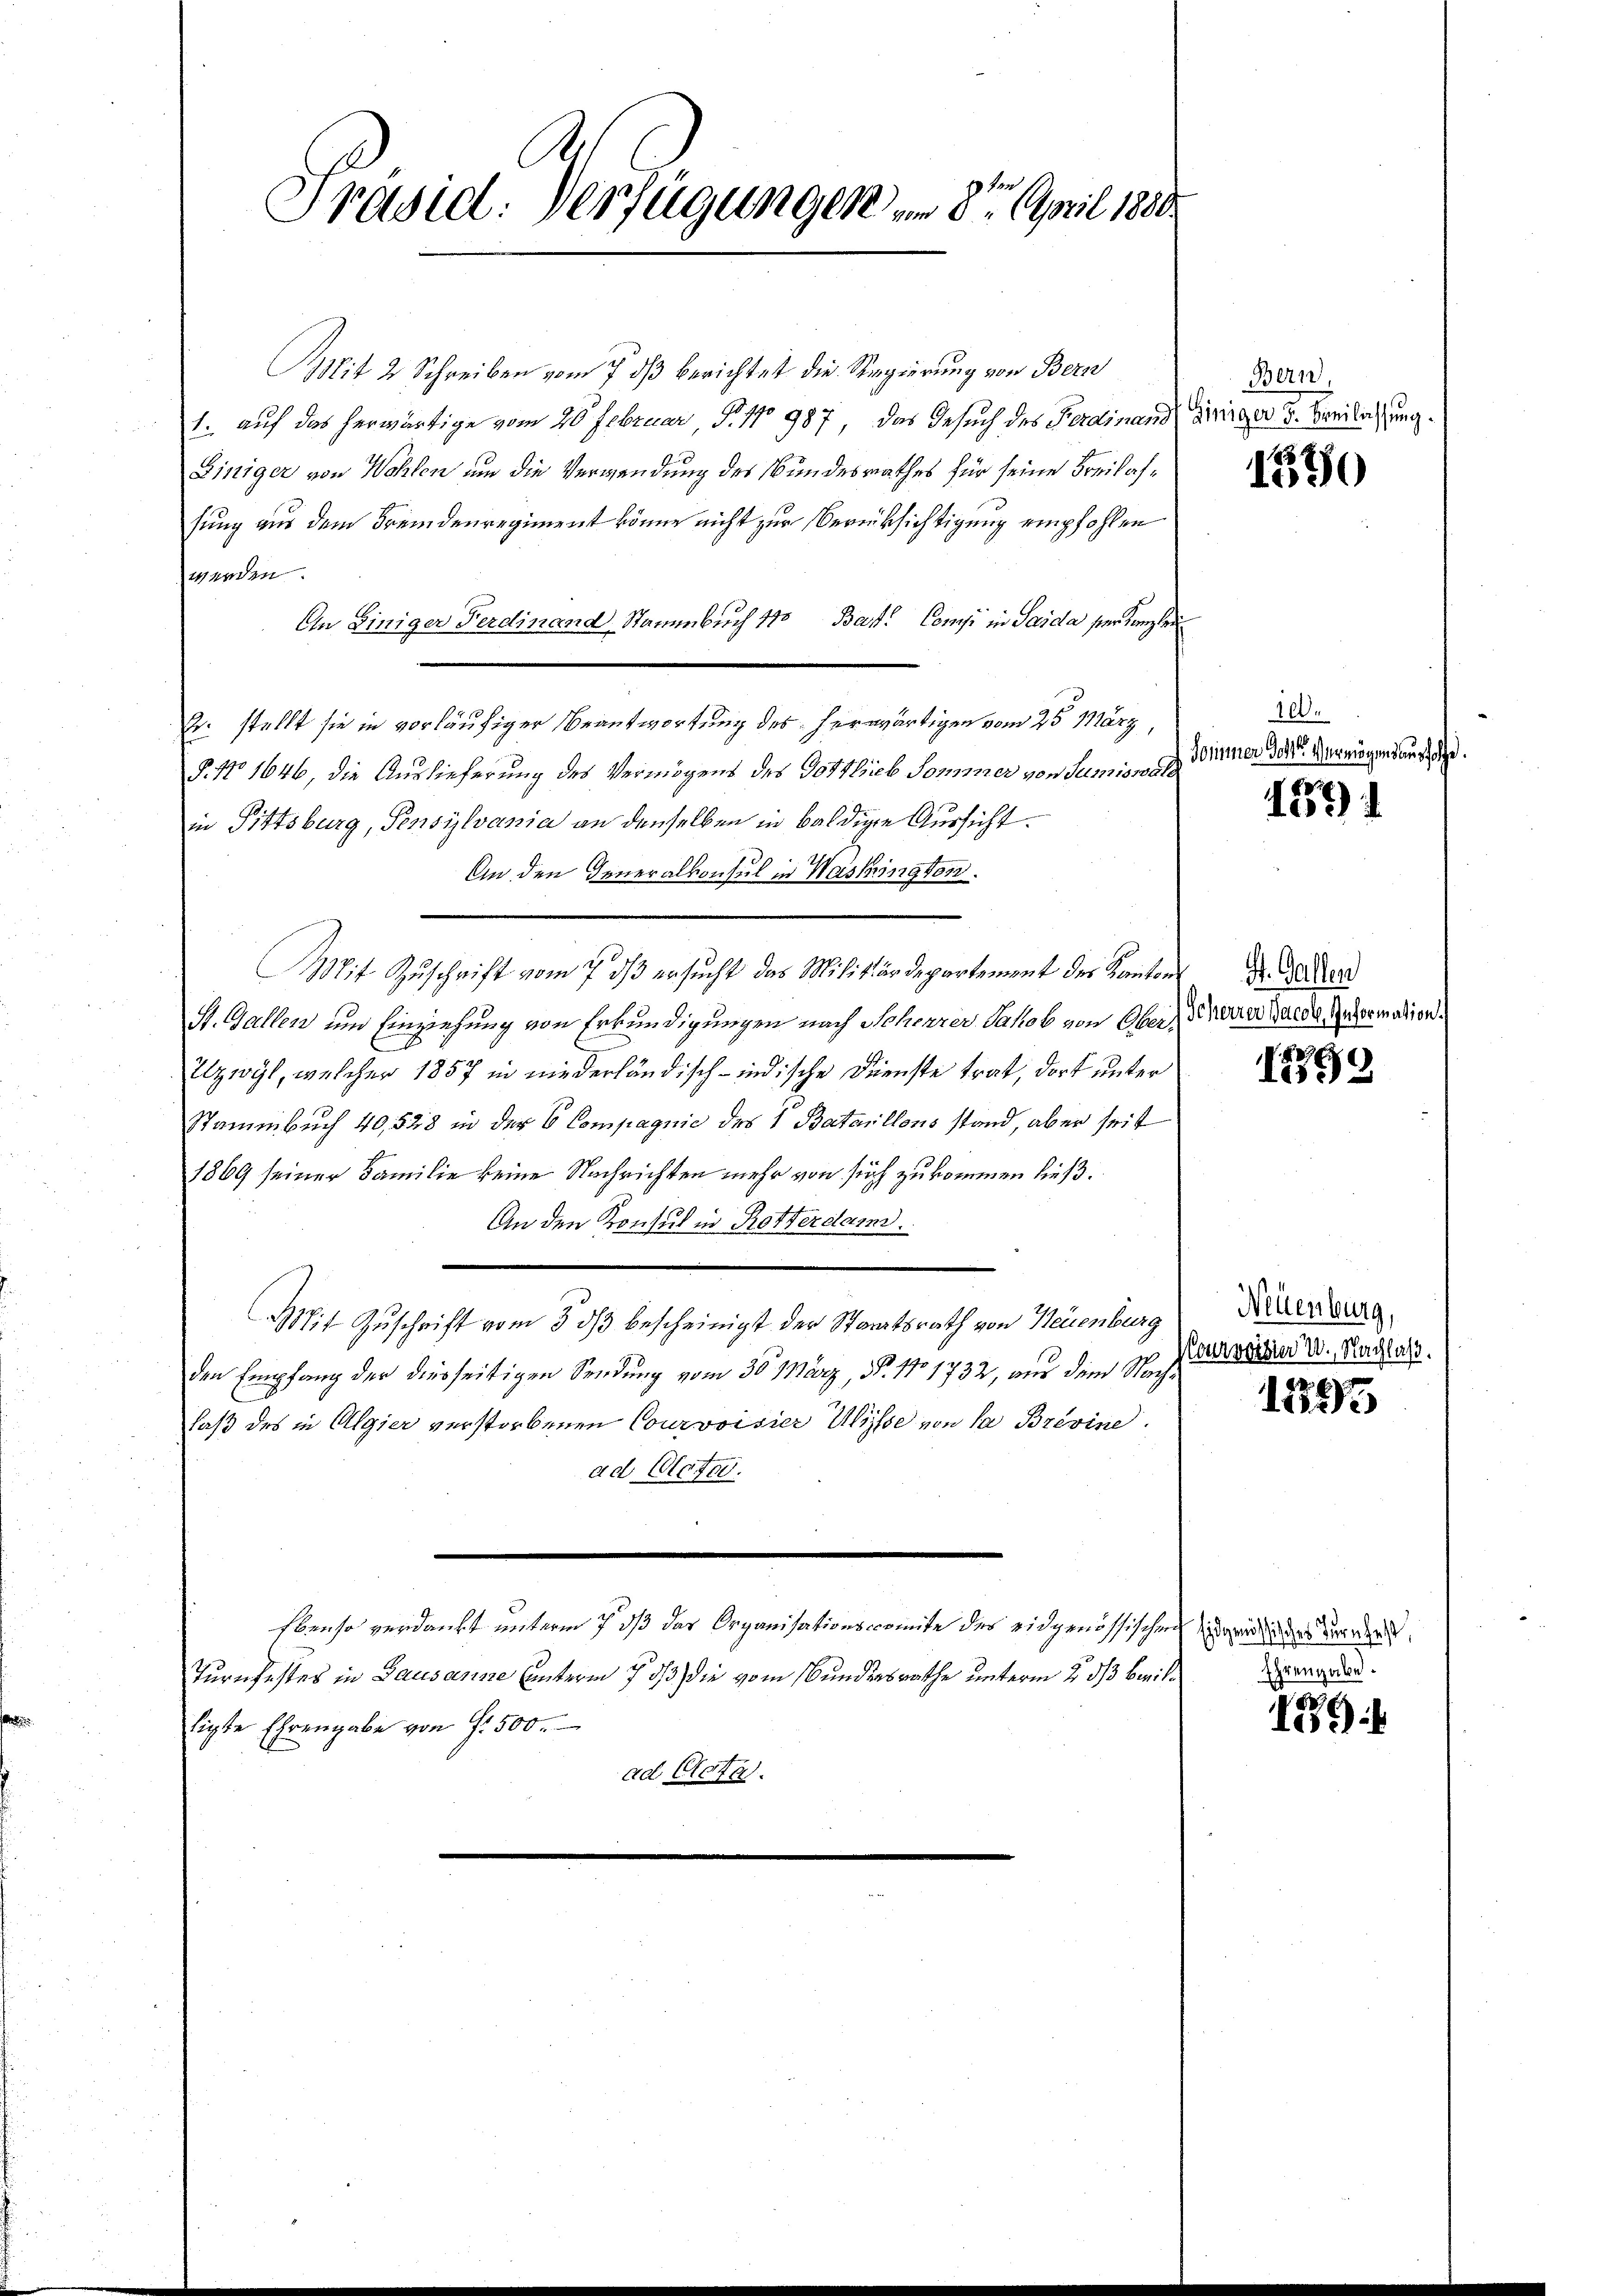
Präsid. Verfügungen, in der April 1889

Mit 2 Schreiben vom 7. ds berichtet die Regierung von Bern
1. auf das herwärtige vom 20 Februar, No. 1 987, das Gesuch des Ferdinand
Einiger von Wohlen um die Verwendung des Bundesrathes für seine Freihafsung aus dem Fremdenregiment könne nicht zur Verrücksichtigung empfohlen
werden.
An Einiger Ferdinand, Stammbuch 110 Bast. Comp. in Saida ser Kanzlei
2. stellt sie in vorläufiger Beantwortung des herwärtigen vom 23 März,
8. No 1646, die Auslieferung des Vermögens des Gottlieb Sommer von Sumiswald
in Pittsburg, Pensylvania an denselben in baldige Aussicht.
An den Generalkonsul in Washington.
Mit Zuschrift vom 7. dß ersucht das Militärdepartement des Kantons
St. Gallen um Einziehung von Erkundigungen nach Scheurer Jakob von Ober¬
Ilzwyl, welcher 1857 in niederländisch-indische Dienste trat, dort unter
Stammbuch 40,528 in der 6 Compagnie des 1 Bataillons stand, aber seit
1869 seiner Familie keine Nachrichten mehr von sich zukommen ließ.
An den Konsul in Rotterdam.
Mit Zuschrift vom 5. ds bescheinigt der Staatsrath von Neuenburg
den Empfang der diesseitigen Sendung vom 30. März, N. No 1732, aus dem Nachlaß des in Algier verstorbenen Courvoisier Wisse von da Brevine
ad Actor.
Ebenso verdankt unterm 7. dß das Organisationscomite des eidgenössischen Eigen des vers
Turnfestes in Lausanne unterm 7 3/3) die vom Bundesrathe unterm 2. ds Bewilligte Ehrengabe von f. 500.
ad Catal.

Bern,
Einiger u. Beilassung.

1330

100.
Somnmer Gotter Vermögensaust,

e
10)

St. Gallen
Scherrer Jacob. Information.

1879

Neuenburg,
Nourvoisin W. Nachlaß.

1295

Ehrengabe.

8
4